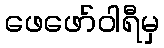
ဖေဖော်ဝါရီမှ